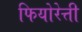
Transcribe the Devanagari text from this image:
फियोरेत्ती